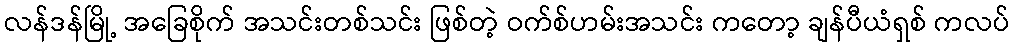
လန်ဒန်မြို့ အခြေစိုက် အသင်းတစ်သင်း ဖြစ်တဲ့ ဝက်စ်ဟမ်းအသင်း ကတော့ ချန်ပီယံရှစ် ကလပ်